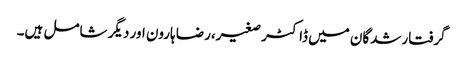
گرفتارشدگان میں ڈاکٹر صغیر،رضا ہارون اور دیگر شامل ہیں۔